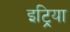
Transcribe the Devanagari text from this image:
इट्रिया